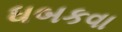
ધબકવા